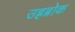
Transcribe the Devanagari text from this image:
उह्रब्रोक